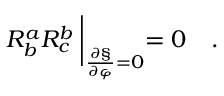
R _ { b } ^ { a } R _ { c } ^ { b } \: \biggl | _ { \frac { \partial \S } { \partial \varphi } = 0 } = 0 \quad .